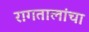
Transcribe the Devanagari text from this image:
रागतालांचा